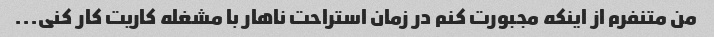
من متنفرم از اینکه مجبورت کنم در زمان استراحت ناهار با مشغله کاریت کار کنی...